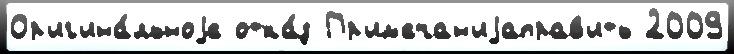
Ор'иг'ина́льноjе отка́з Пр'им'ечан'иjаправ'ить 2009